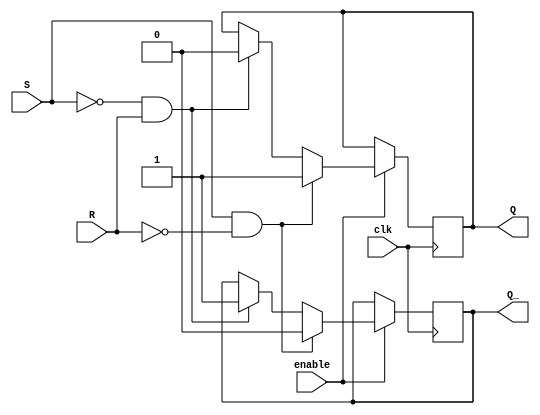
module Gated_SR_FF(
    input clk,
    input enable,
    input S,
    input R,
    output reg Q,
    output reg Q_
);

always @(posedge clk) begin
    if(enable) begin
        if(S && !R) begin
            Q <= 1;
            Q_ <= 0;
        end
        else if(!S && R) begin
            Q <= 0;
            Q_ <= 1;
        end
    end
end

endmodule